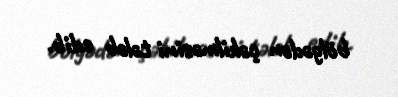
bölgədən çəkilməsini tələb edib.